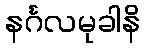
နင်္ဂလမုခါနိ